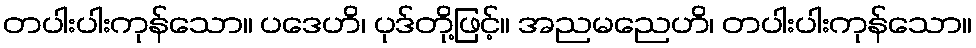
တပါးပါးကုန်သော။ ပဒေဟိ၊ ပုဒ်တို့ဖြင့်။ အညမညေဟိ၊ တပါးပါးကုန်သော။